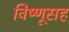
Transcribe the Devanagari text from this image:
विष्णूसह